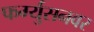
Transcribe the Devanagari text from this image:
फर्ग्युसनवर